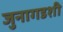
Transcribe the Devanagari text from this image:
जुनागडशी